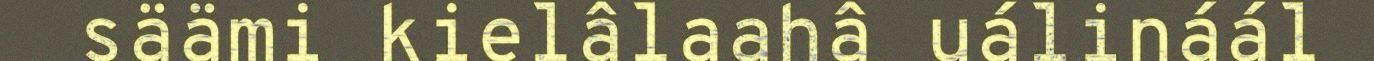
säämi kielâlaahâ uálináál